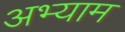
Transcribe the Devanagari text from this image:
अभ्याम